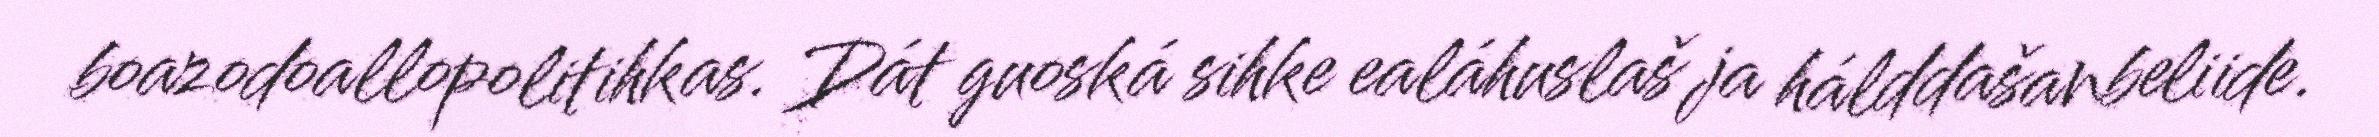
boazodoallopolitihkas. Dát guoská sihke ealáhuslaš ja hálddašanbeliide.